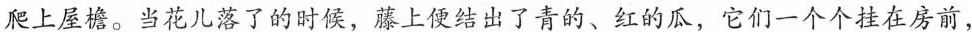
爬上屋檐。当花儿落了的时候，藤上便结出了青的、红的瓜，它们一个个挂在房前，